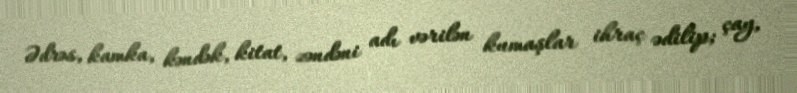
Ədrəs, kamka, kəndək, kitat, zəndəni adı vərilən kumaşlar ihraç ədilip; çay,